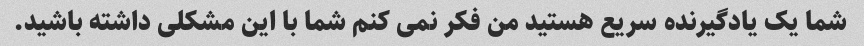
شما یک یادگیرنده سریع هستید من فکر نمی کنم شما با این مشکلی داشته باشید.